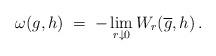
LaTeX: \begin{align*} \omega(g,h)\;=\;-\lim_{r\downarrow 0}W_r(\overline{g},h)\,.\end{align*}